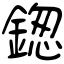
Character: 鍯